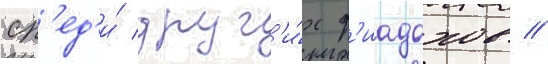
ср'ед'и́ друг'и́х д'иадохов //